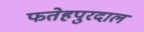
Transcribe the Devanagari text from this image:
फतेहपुरदाल